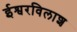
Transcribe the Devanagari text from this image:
ईश्वरविलाश